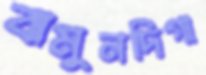
বামুনদিগা